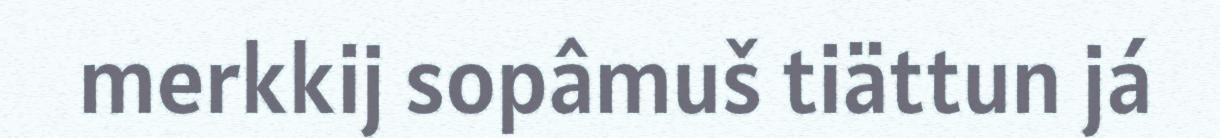
merkkij sopâmuš tiättun já